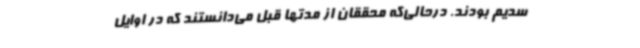
سدیم بودند. درحالی‌که محققان از مدتها قبل می‌دانستند که در اوایل